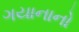
ગયાનાનો